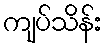
ကျပ်သိန်း